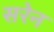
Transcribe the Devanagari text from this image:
सरेन